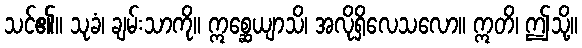
သင်၏။ သုခံ၊ ချမ်းသာကို။ ဣစ္ဆေယျာသိ၊ အလိုရှိလေသလော။ ဣတိ၊ ဤသို့။